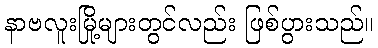
နာဗလူးမြို့များတွင်လည်း ဖြစ်ပွားသည်။